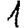
Digit: 1